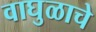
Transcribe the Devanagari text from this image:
वाघुळाचे